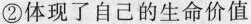
②体现了自己的生命价值